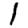
Digit: 1